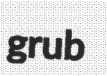
grub